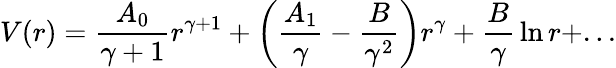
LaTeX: V(r)={\frac{A_{0}}{\gamma+1}}r^{\gamma+1}+\left({\frac{A_{1}}{\gamma}}-{\frac{B}{\gamma^{2}}}\right)r^{\gamma}+{\frac{B}{\gamma}}\ln r+...